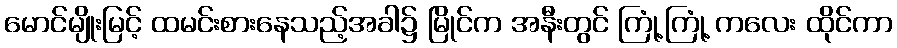
မောင်မျိုးမြင့် ထမင်းစားနေသည့်အခါ၌ မြိုင်က အနီးတွင် ကြုံ့ကြုံ့ ကလေး ထိုင်ကာ